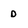
Character: D